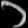
Digit: ၁